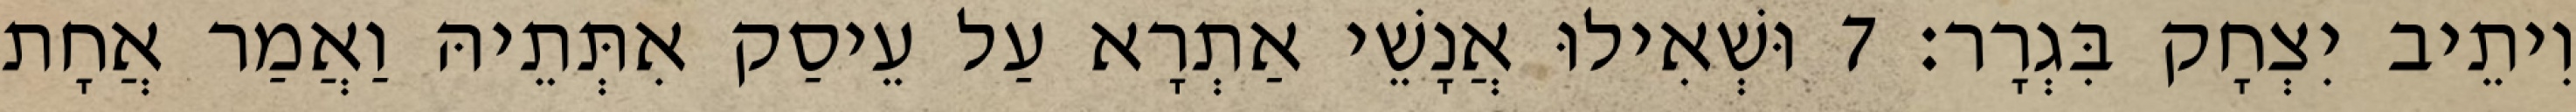
וִיתֵיב יִצְחָק בִּגְרָר׃ 7 וּשְׁאִילוּ אֲנָשֵׁי אַתְרָא עַל עֵיסַק אִתְּתֵיהּ וַאֲמַר אֲחָת